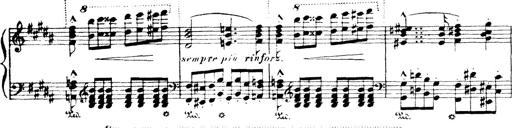
Title: Wagner-Liszt Album
Composer: Franz Liszt